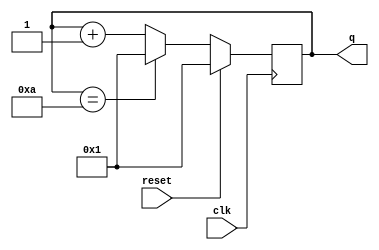
module top_module (
    input clk,
    input reset,
    output [3:0] q);
	
    always @(posedge clk) begin
        if (reset == 1'b1) q <= 4'b0001;
        else if (q == 4'b1010) q <= 4'b0001;
        else q <= q + 1;
    end
    
endmodule